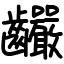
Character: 䶫